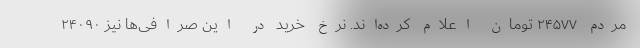
مردم ۲۴۵۷۷ تومان اعلام کرده‌اند. نرخ خرید در این صرافی‌ها نیز ۲۴۰۹۰